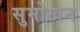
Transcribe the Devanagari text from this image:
सुमोखन